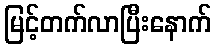
မြင့်တက်လာပြီးနောက်